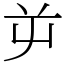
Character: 屰